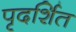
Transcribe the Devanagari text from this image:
पृदर्शित